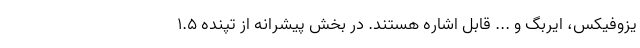
یزوفیکس، ایربگ و ... قابل اشاره هستند. در بخش پیشرانه از تپنده 1.5